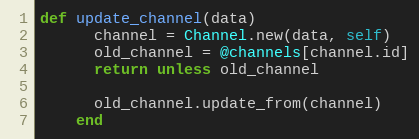
Language: Ruby
def update_channel(data)
      channel = Channel.new(data, self)
      old_channel = @channels[channel.id]
      return unless old_channel

      old_channel.update_from(channel)
    end